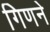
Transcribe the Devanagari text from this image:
गिणने